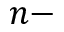
n -